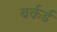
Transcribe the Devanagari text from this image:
बर्कर्ड